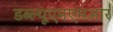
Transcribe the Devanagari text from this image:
डब्ल्यूएमएमआर